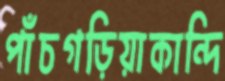
পাঁচগড়িয়াকান্দি